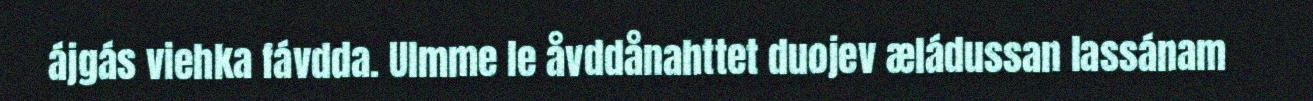
ájgás viehka fávdda. Ulmme le åvddånahttet duojev æládussan lassánam